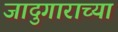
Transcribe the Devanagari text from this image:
जादुगाराच्या